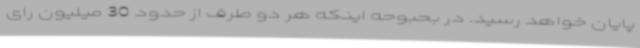
پایان خواهد رسید. در بحبوحه اینکه هر دو طرف از حدود 30 میلیون رای